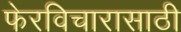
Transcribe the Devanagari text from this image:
फेरविचारासाठी